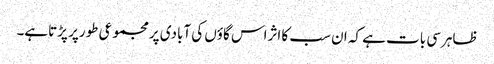
ظاہرسی بات ہے کہ ان سب کا اثراس گاؤں کی آبادی پرمجموعی طورپر پڑتاہے۔